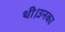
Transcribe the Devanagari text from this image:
थी।उनका